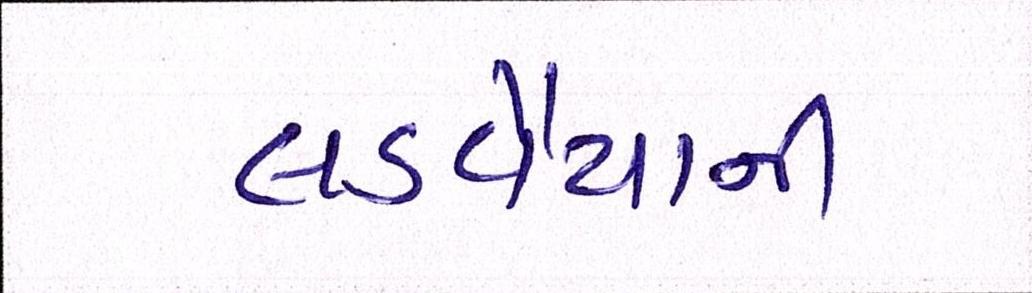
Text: લડવૈયાની